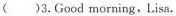
()3.Good morning,Lisa.